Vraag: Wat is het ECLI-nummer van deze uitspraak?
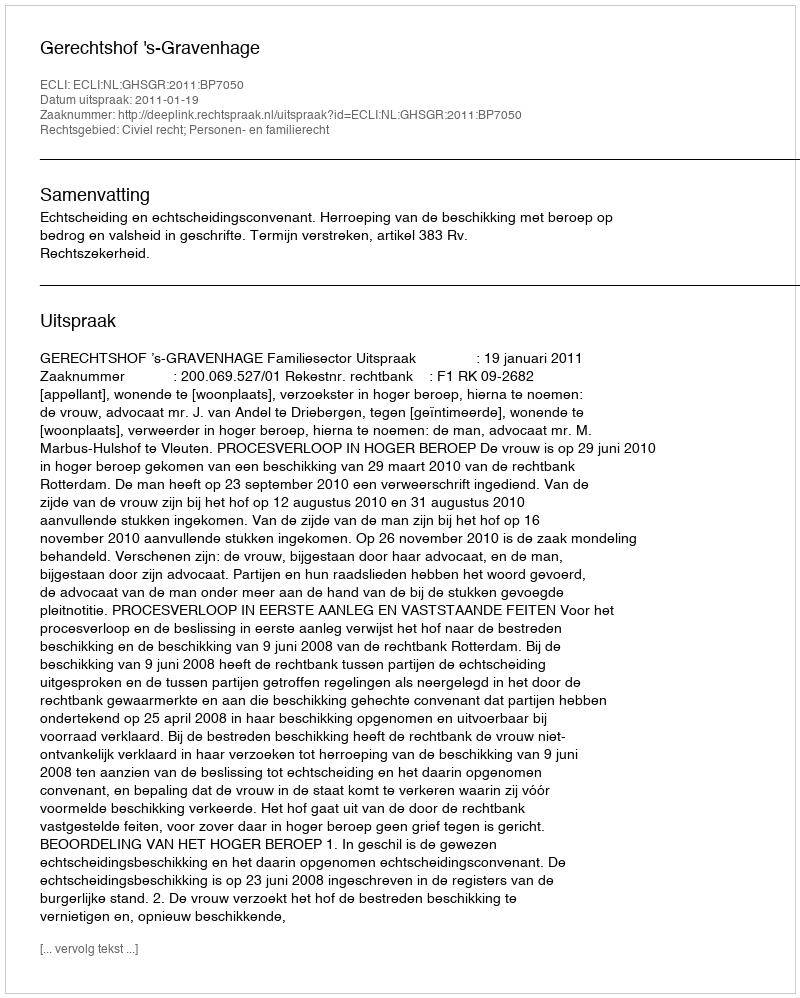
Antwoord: ECLI:NL:GHSGR:2011:BP7050